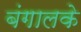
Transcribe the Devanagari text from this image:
बंगालके